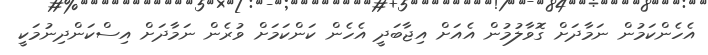
އެހެންކަމުން ނަމާދަށް ގޮވާލުމުން އެއަށް އިޖާބަދީ އެހެން ކަންކަމަށް ވުރެން ނަމާދަށް އިސްކަންދިނުމަކީ